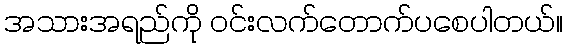
အသားအရည်ကို ဝင်းလက်တောက်ပစေပါတယ်။